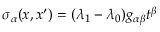
\sigma _ { \alpha } ( x , x ^ { \prime } ) = ( \lambda _ { 1 } - \lambda _ { 0 } ) g _ { \alpha \beta } t ^ { \beta }